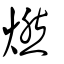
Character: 燃